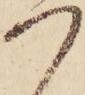
つ